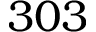
3 0 3